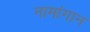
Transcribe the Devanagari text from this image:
नामांगान